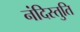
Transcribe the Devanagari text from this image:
नंदिस्तुति